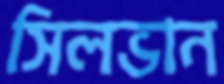
সিলভান